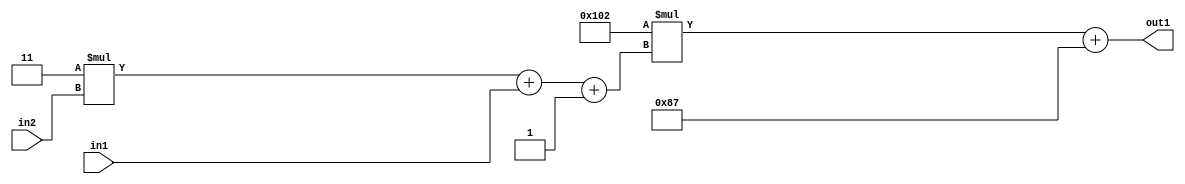
`timescale 1ps / 1ps
/*****************************************************************************
    Verilog RTL Description
    
    
    Created by: Stratus DpOpt 2019.1.01 
*******************************************************************************/

module DC_Filter_Add2i135Mul2i258Add3i1u1Mul2i3u2_1 (
	in2,
	in1,
	out1
	); /* architecture "behavioural" */ 
input [1:0] in2;
input  in1;
output [11:0] out1;
wire [11:0] asc001;
wire [3:0] asc002;

wire [3:0] asc002_tmp_0;
wire [3:0] asc002_tmp_1;
assign asc002_tmp_1 = 
	+(4'B0011 * in2);
assign asc002_tmp_0 = asc002_tmp_1
	+(in1);
assign asc002 = asc002_tmp_0
	+(4'B0001);

wire [11:0] asc001_tmp_2;
assign asc001_tmp_2 = 
	+(12'B000100000010 * asc002);
assign asc001 = asc001_tmp_2
	+(12'B000010000111);

assign out1 = asc001;
endmodule

/* CADENCE  vrTzTQs= : u9/ySgnWtBlWxVPRXgAZ4Og= ** DO NOT EDIT THIS LINE ******/